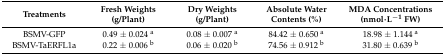
| Treatments | Fresh Weights (g/Plant) | Dry Weights (g/Plant) | Absolute Water Contents (%) | MDA Concentrations (nmol·L−1 FW) |
 | --- | --- | --- | --- | --- |
 | BSMV-GFP | 0.49 ± 0.024 a | 0.08 ± 0.007 a | 84.42 ± 0.650 a | 18.98 ± 1.144 a |
 | BSMV-TaERFL1a | 0.22 ± 0.006 b | 0.06 ± 0.020 b | 74.56 ± 0.912 b | 31.80 ± 0.639 b |